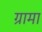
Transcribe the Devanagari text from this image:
ग्रामा